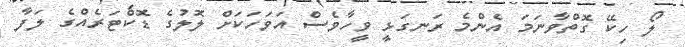
ލޯ ހިކޭ ގޮތްވާނަމަ އެންމެ ރަނގަޅީ ވީހާވެސް އަވަހަކަށް ލޮލުގެ ޑޮކްޓަރެއްގެ ލަފާ